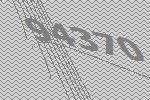
94370